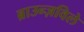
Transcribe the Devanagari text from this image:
ब्राउन्ज़विले